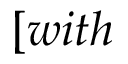
[ w i t h